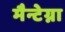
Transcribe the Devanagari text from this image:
मैन्टेग्ना